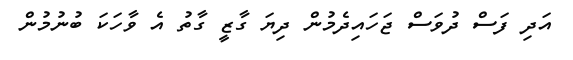
އަދި ފަސް ދުވަސް ޖަހައިދެމުން ދިޔަ ގާޒީ ގާތު އެ ވާހަކަ ބުނުމުން